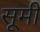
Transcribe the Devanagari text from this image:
सूमी